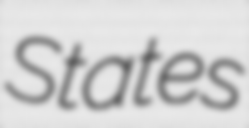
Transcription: States